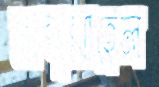
আব্দুল্লাহেল